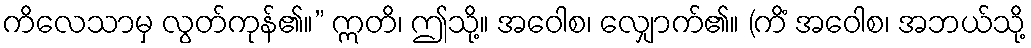
ကိလေသာမှ လွတ်ကုန်၏။” ဣတိ၊ ဤသို့။ အဝေါစ၊ လျှောက်၏။ (ကိံ အဝေါစ၊ အဘယ်သို့